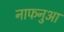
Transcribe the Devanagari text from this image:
नाफनुआ